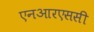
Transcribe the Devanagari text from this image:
एनआरएससी